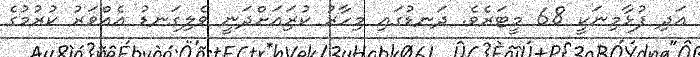
އަދި ފުޅާމިނަކީ 68 މީޓަރެވެ. ދަނޑުގައި މިހާރު ކުރިައަށްދަނީ ވެލިގަނޑު އެއްވަރު ކުރުމުގެ